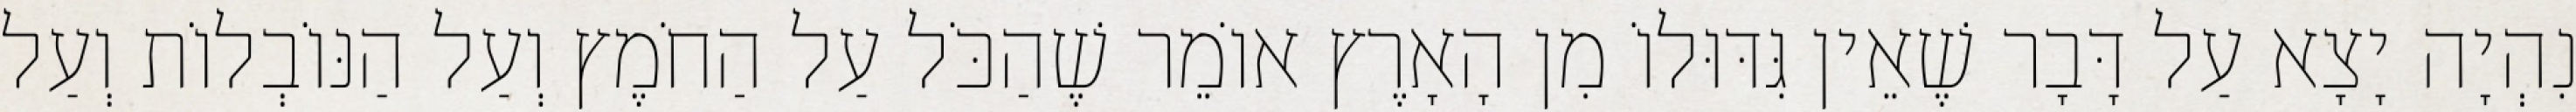
נִהְיָה יָצָא עַל דָּבָר שֶׁאֵין גִּדּוּלוֹ מִן הָאָרֶץ אוֹמֵר שֶׁהַכֹּל עַל הַחֹמֶץ וְעַל הַנּוֹבְלוֹת וְעַל